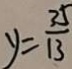
y = \frac { 3 5 } { 1 3 }